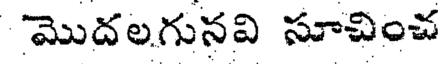
మొదలగునవి సూచించ